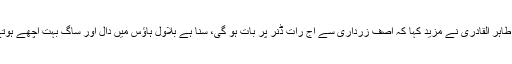
علامہ طاہر القادری نے مزید کہا کہ آصف زرداری سے آج رات ڈنر پر بات ہو گی، سنا ہے بلاول ہاؤس میں دال اور ساگ بہت اچھے ہوتے ہیں۔